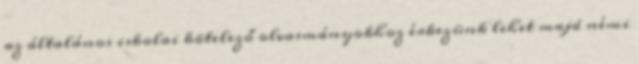
az általános iskolai kötelező olvasmányokhoz érkezünk lehet majd némi